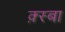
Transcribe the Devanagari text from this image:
क़्स्बा